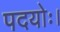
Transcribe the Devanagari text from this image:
पदयोः।